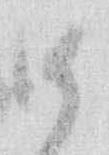
御